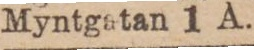
Myntgatan 1 A.